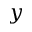
y